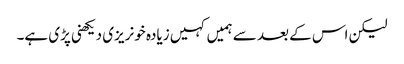
لیکن اس کے بعد سے ہمیں کہیں زیادہ خونریزی دیکھنی پڑی ہے۔